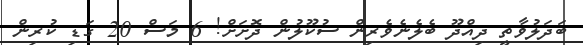
ބަދަލުވާތީ ދިއްދޫ ބެލެނެވެރިން ސުކޫލުން ދޮށަށް! 6 މަސް 20 ގަޑި ކުރިން